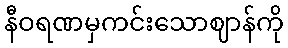
နီဝရဏမှကင်းသောဈာန်ကို